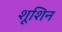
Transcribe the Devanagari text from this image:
शूशिन